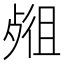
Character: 𣨖